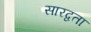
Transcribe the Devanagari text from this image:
सारद्वता